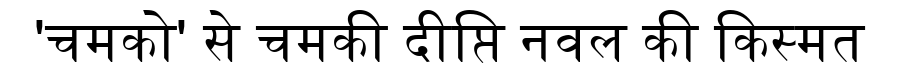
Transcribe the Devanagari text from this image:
'चमको' से चमकी दीप्ति नवल की किस्मत